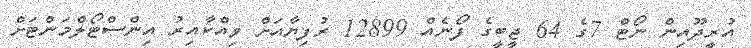
އުރީދޫއިން ނޯޓް 7ގެ 64 ޖީބީގެ ފޯނެއް 12899 ރުފިޔާއަށް ވިއްކާއިރު އިންސްޓޯލްމަންޓަށް